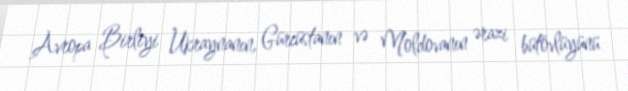
Avropa Birliyi Ukraynanın, Gürcüstanın və Moldovanın ərazi bütövlüyünü